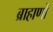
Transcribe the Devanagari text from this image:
ब्राहाणों